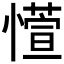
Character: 𫻊